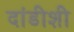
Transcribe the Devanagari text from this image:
दांडीशी